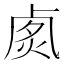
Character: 𠧽